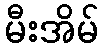
မီးအိမ်